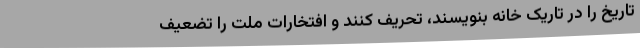
تاریخ را در تاریک خانه بنویسند، تحریف کنند و افتخارات ملت را تضعیف